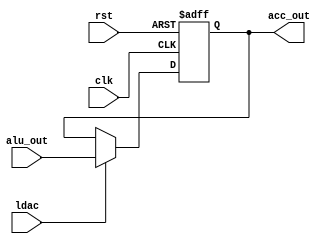
module accum(clk, rst, alu_out, ldac, acc_out);

input  clk, rst, ldac;
input  [7:0] alu_out;
output [7:0] acc_out;
reg    [7:0] acc_out;
    
    always @ (posedge clk or negedge rst) begin

                if (!rst) begin
                    	acc_out <= 0;
                end else if ( ldac == 1) begin
                        acc_out <= alu_out[7:0];
                end                
      end

endmodule